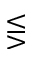
\lesseqgtr